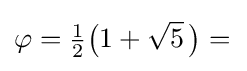
\varphi ={\tfrac {1}{2}}{\bigl (}1+{\sqrt {5}}~\!{\bigr )}={}\!